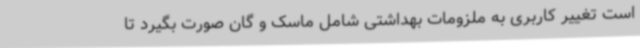
است تغییر کاربری به ملزومات بهداشتی شامل ماسک و گان صورت بگیرد تا